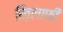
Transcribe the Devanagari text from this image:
ख़िलाफी